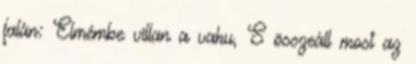
falán: Elmémbe villan a vaku, S összeáll most az